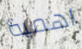
اهمية